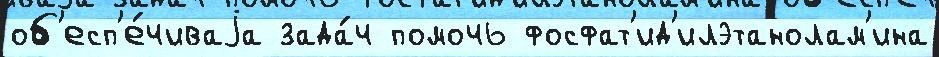
об'есп'е́чиваjа зада́ч помочь фосфат'ид'илэтанолам'ина